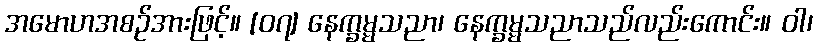
အမောဟအစဉ်အားဖြင့်။ [၀၇] နေက္ခမ္မသညာ၊ နေက္ခမ္မသညာသည်လည်းကောင်း။ ဝါ၊